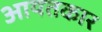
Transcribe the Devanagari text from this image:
आयतकार